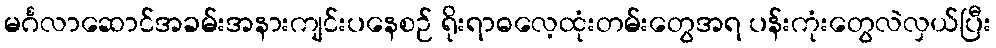
မင်္ဂလာဆောင်အခမ်းအနားကျင်းပနေစဉ် ရိုးရာဓလေ့ထုံးတမ်းတွေအရ ပန်းကုံးတွေလဲလှယ်ပြီး